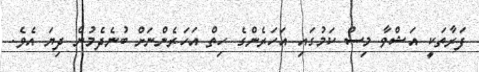
ފަރާތަކީ އަޝްވާ މިސް ކަމުގައި އަހަރެންގެ ހިތް އަހަރެންނަށް ބުނެދެމުން ދިޔަ އެވެ.